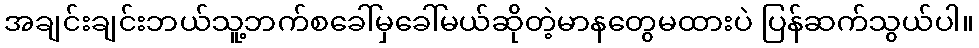
အချင်းချင်းဘယ်သူ့ဘက်စခေါ်မှခေါ်မယ်ဆိုတဲ့မာနတွေမထားပဲ ပြန်ဆက်သွယ်ပါ။